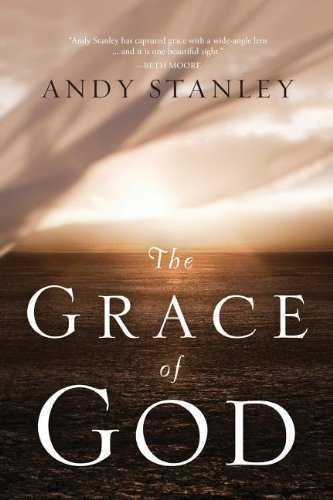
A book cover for The Grace of God; Andy Stanley; Christian Books & Bibles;